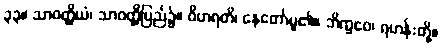
၃၃။ သာဝတ္ထိယံ၊ သာဝတ္ထိပြည်၌။ ဝိဟရတိ၊ နေတော်မူ၏။ ဘိက္ခဝေ၊ ရဟန်းတို့။